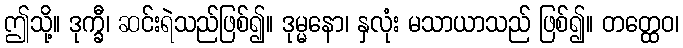
ဤသို့။ ဒုက္ခီ၊ ဆင်းရဲသည်ဖြစ်၍။ ဒုမ္မနော၊ နှလုံး မသာယာသည် ဖြစ်၍။ တတ္ထေဝ၊